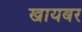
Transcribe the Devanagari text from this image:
खायबर